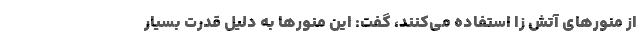
از منورهای آتش زا استفاده می‌کنند، گفت: این منورها به دلیل قدرت بسیار